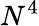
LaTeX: N^{4}